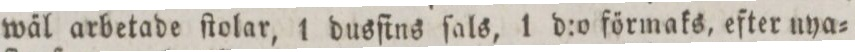
wäl arbetade ſtolar, 1 dusſtns ſals, 1 d:o förmaks, efter nya=